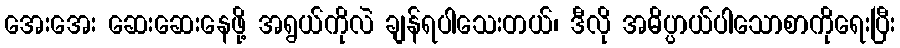
အေးအေး ဆေးဆေးနေဖို့ အရွယ်ကိုလဲ ချန်ရပါသေးတယ်၊ ဒီလို အဓိပ္ပာယ်ပါသောစာကိုရေးပြီး